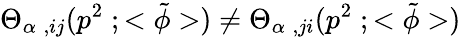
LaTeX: {\Theta}_{{\alpha}\; ,ij}(p^{2}\; ;<{\tilde{\phi}}>)\neq{\Theta}_{{\alpha}\; ,ji}(p^{2}\; ;<{\tilde{\phi}}>)